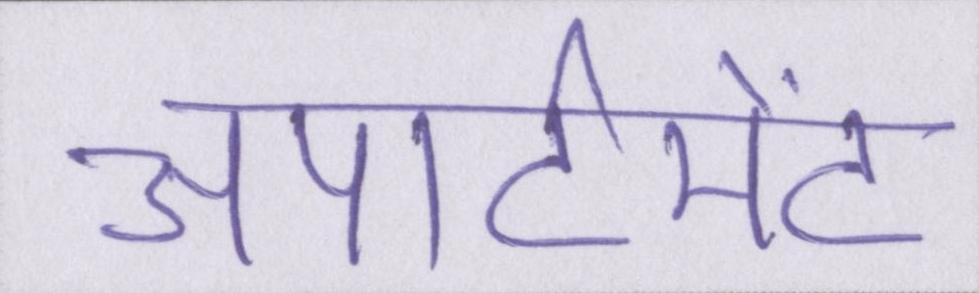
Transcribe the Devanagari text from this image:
अपार्टमेंट